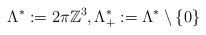
LaTeX: \begin{align*}\Lambda^*:= 2 \pi \mathbb{Z}^3,\Lambda_+^*:= \Lambda^*\setminus\{0\}\end{align*}